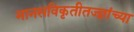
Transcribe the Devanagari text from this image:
मानसविकृतीतज्ज्ञांच्या